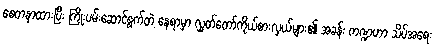
စေတနာထားပြီး ကြိုးပမ်းဆောင်ရွက်တဲ့ နေရာမှာ လွှတ်တော်ကိုယ်စားလှယ်များ၏ အခန်း ကဏ္ဍဟာ သိပ်အရေး